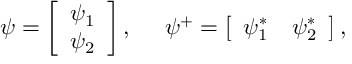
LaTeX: \psi = \left[ \begin{array} { c } { { \psi _ { 1 } } } \\ { { \psi _ { 2 } } } \end{array} \right] , \; \; \; \; \; \psi ^ { + } = \left[ \begin{array} { c c } { { \psi _ { 1 } ^ { * } } } & { { \psi _ { 2 } ^ { * } } } \end{array} \right] , \; \; \; \; \;